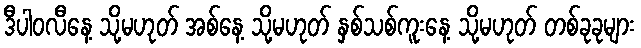
ဒီပါဝလီနေ့ သို့မဟုတ် အစ်နေ့ သို့မဟုတ် နှစ်သစ်ကူးနေ့ သို့မဟုတ် တစ်ခုခုများ